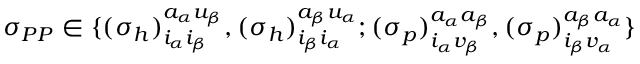
\begin{array} { r } { \sigma _ { P P } \in \{ { ( \sigma _ { h } ) } _ { i _ { \alpha } i _ { \beta } } ^ { a _ { \alpha } u _ { \beta } } , { ( \sigma _ { h } ) } _ { i _ { \beta } i _ { \alpha } } ^ { a _ { \beta } u _ { \alpha } } ; { ( \sigma _ { p } ) } _ { i _ { \alpha } v _ { \beta } } ^ { a _ { \alpha } a _ { \beta } } , { ( \sigma _ { p } ) } _ { i _ { \beta } v _ { \alpha } } ^ { a _ { \beta } a _ { \alpha } } \} } \end{array}